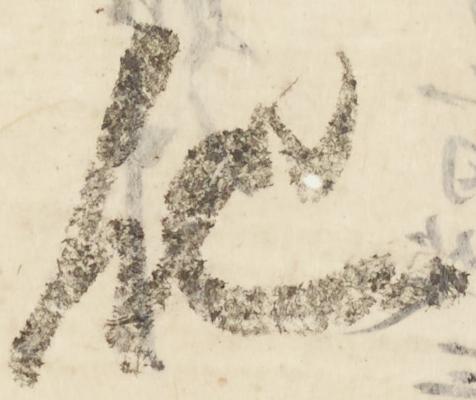
他